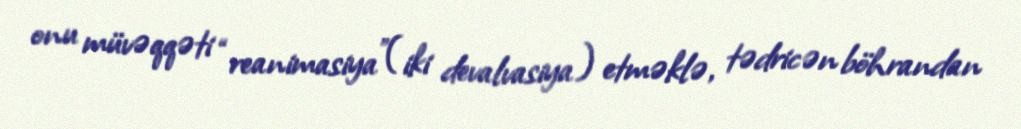
onu müvəqqəti “reanimasiya”(iki devalvasiya) etməklə, tədricən böhrandan